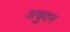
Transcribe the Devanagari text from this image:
अचुदन